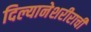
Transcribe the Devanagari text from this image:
दिल्यानेशरीराची